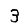
Digit: 3